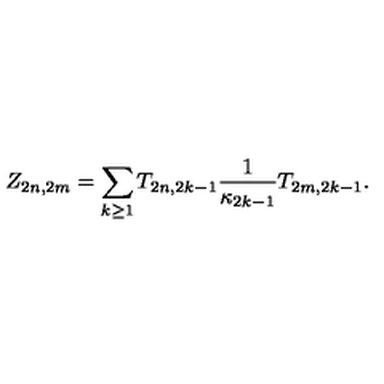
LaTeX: Z _ { 2 n , 2 m } = \sum _ { k \geq 1 } T _ { 2 n , 2 k - 1 } \frac { 1 } { \kappa _ { 2 k - 1 } } T _ { 2 m , 2 k - 1 } .